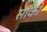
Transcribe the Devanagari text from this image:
सॉको